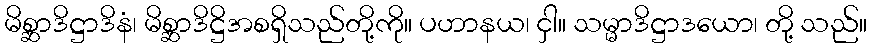
မိစ္ဆာဒိဋ္ဌာဒိနံ၊ မိစ္ဆာဒိဋ္ဌိအစရှိသည်တို့ကို။ ပဟာနယ၊ ငှါ။ သမ္မာဒိဋ္ဌာဒယော၊ တို့ သည်။